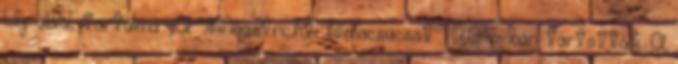
Új oldal, tartalma: „A '''Maastrichti klímacsúcsot''' 2016-ban tartották. A